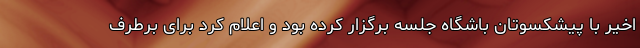
اخیر با پیشکسوتان باشگاه جلسه برگزار کرده بود و اعلام کرد برای برطرف